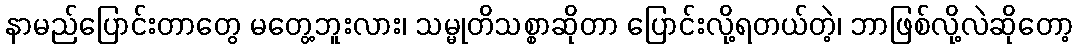
နာမည်ပြောင်းတာတွေ မတွေ့ဘူးလား၊ သမ္မုတိသစ္စာဆိုတာ ပြောင်းလို့ရတယ်တဲ့၊ ဘာဖြစ်လို့လဲဆိုတော့